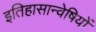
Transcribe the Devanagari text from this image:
इतिहासान्वेषियों